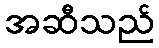
အဆီသည်